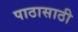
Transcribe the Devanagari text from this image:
पाठासाठी